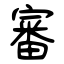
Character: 審